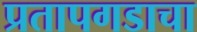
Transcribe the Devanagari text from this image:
प्रतापगडाचा